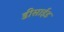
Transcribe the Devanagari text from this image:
डीसाईड